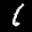
Label: 1